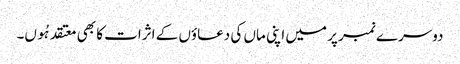
دوسرے نمبر پر میں اپنی ماں کی دعاؤں کے اثرات کا بھی معتقد ہُوں۔